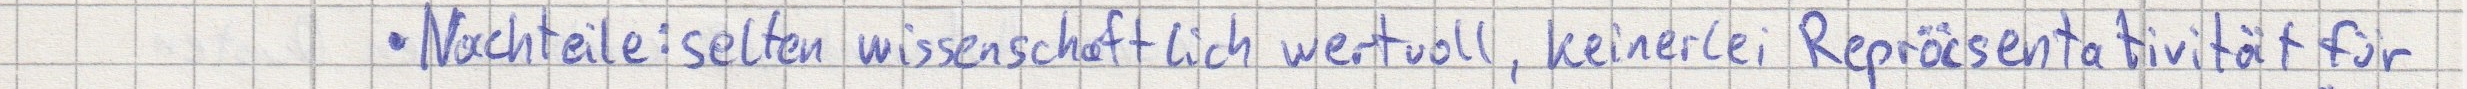
Nachteile: selten wissenschaftlich wertvoll, keinerlei Repräsentativität für